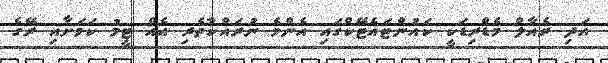
އަދި ރެއާލް މެޑްރިޑަކީ ކައުންޓައެޓޭކްގައި އެންމެ ނުރައްކާތެރި އެއް ޓީމު ކަމަށާއި ރޭގެ